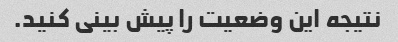
نتیجه این وضعیت را پیش بینی کنید.